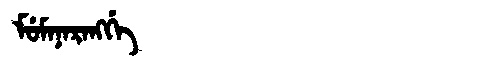
Manchu: ᠮᡠᠮᠠᠨᠠᡵᠠᠩᡤᡝ
Romanization: MUMANARANGGE